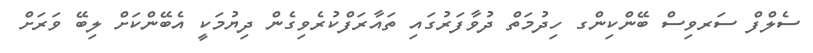
ސެލްފް ސަރވިސް ބޭންކިންގ ހިދުމަތް ދުވާފަރުގައި ތައާރަފްކުރެވިގެން ދިޔުމަކީ އެބޭންކަށް ލިބޭ ވަރަށް